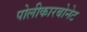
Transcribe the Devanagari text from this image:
पोलीकारबोनेट